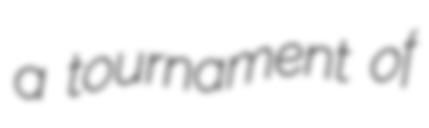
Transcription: a tournament of